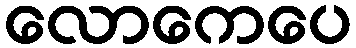
လောကေပေ